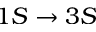
1 S \rightarrow 3 S